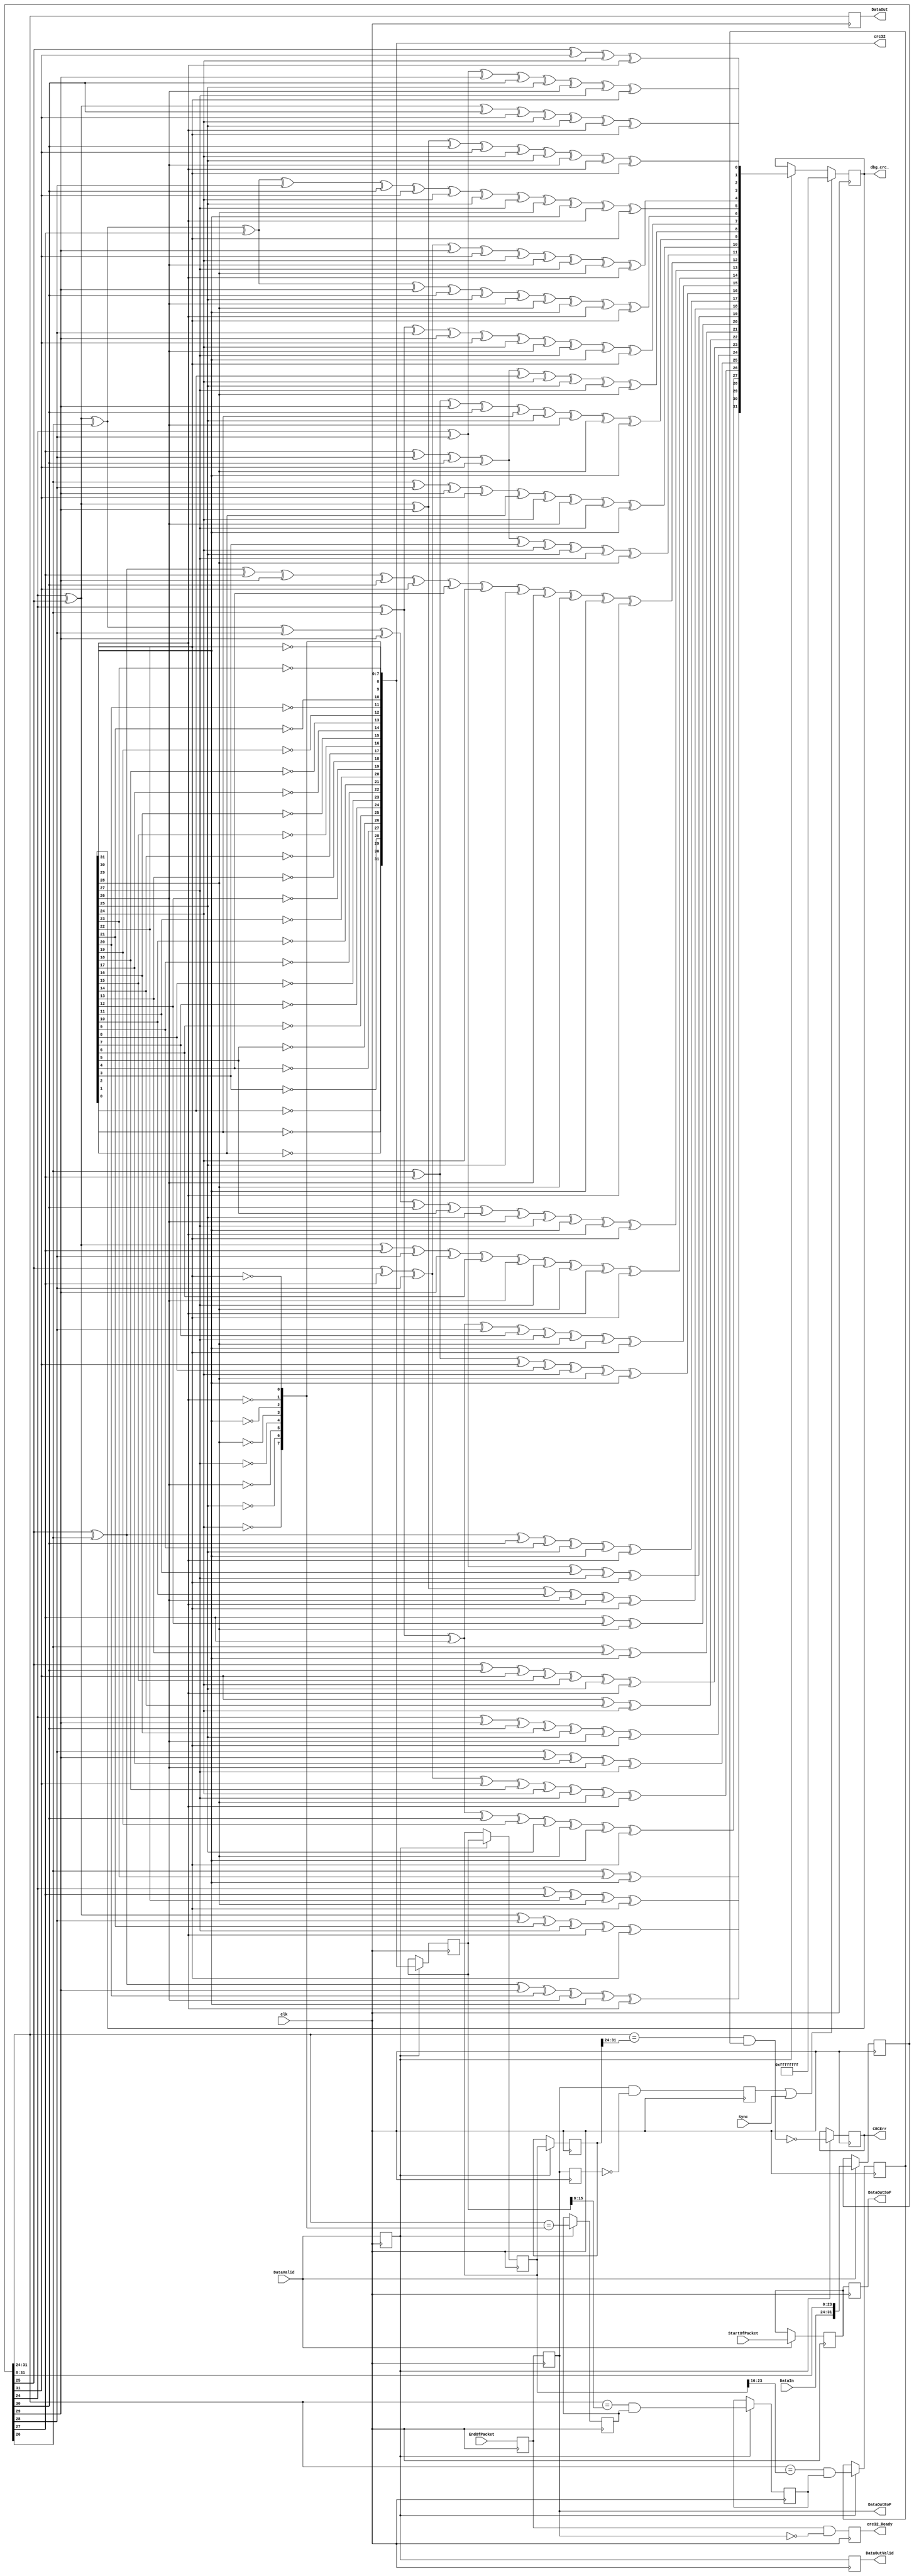
`timescale 1ns / 1ps



module EthCRC32(
    input wire clk,
    input wire [7:0]DataIn, //received data nibble from eth phy
    input wire DataValid, //received data valid from eth phy
    input wire EndOfPacket, //received data valid from eth phy
    input wire StartOfPacket, //received data valid from eth phy
    input wire Sync,
    output wire CRCErr,

    output reg DataOutSoF = 0,
    output reg DataOutEoF = 0,
    output reg DataOutValid = 0,
    output reg [7 :0]DataOut = 0,

    output  [31:0] dbg_crc_,

    output  [31:0] crc32,
    output  reg crc32_Ready = 0
);

reg StartOfPacketD0 = 0;
reg EndOfPacketD0 = 0;
reg EndOfPacketD1 = 0;
reg EndOfPacketD2 = 0;
reg DataValidD0 = 0;

reg [31:0] receiver_reg32=32'b0;
wire [7:0] w_rbyte;
wire [7:0] w_rrbyte;

reg endSync = 0;

always @(posedge clk) begin
    DataValidD0   <= DataValid;
    EndOfPacketD1 <= EndOfPacketD0;
    EndOfPacketD2<= EndOfPacketD1;
    endSync <= EndOfPacketD1&!EndOfPacketD2;
end

//catch incoming nibles into 32bit reg
//LSB (Least Significant Bit) goes first
always @(posedge clk) begin
    if (DataValid) receiver_reg32 <= {DataIn, receiver_reg32[31:8]};

    if (DataValid) StartOfPacketD0 <= StartOfPacket;
    EndOfPacketD0 <= EndOfPacket;     //if (DataValid) EndOfPacketD0 <= EndOfPacket;

    DataOutSoF <= StartOfPacketD0;
    DataOutEoF <= EndOfPacketD0;
    DataOut <= receiver_reg32[31:24];
end

assign w_rbyte = receiver_reg32[31:24];

//reverse bits
assign w_rrbyte = {w_rbyte[0],w_rbyte[1],w_rbyte[2],w_rbyte[3],w_rbyte[4],w_rbyte[5],w_rbyte[6],w_rbyte[7]};

reg [31:0]crc32_=32'hFFFFFFFF;
always @(posedge clk) begin
    if (endSync || Sync) begin
        crc32_ <= 32'hFFFFFFFF;
    end else if(DataValidD0) begin
        crc32_ <= nextCRC32_D8(w_rrbyte, crc32_);
    end
end

assign dbg_crc_ = crc32_;

//reverse bits of CRC32
genvar i;
generate
    for ( i=0; i < 32; i=i+1 ) begin
        assign crc32[i] = ~crc32_[31-i];
    end
endgenerate


reg [31:0] crc32_0 = 0;
reg [31:0] crc32_1 = 0;
reg [31:0] crc32_2 = 0;
reg [31:0] crc32_3 = 0;

reg TestCRCA = 0;
reg TestCRCB = 0;
reg TestCRCC = 0;
reg TestCRCD = 0;

reg [31:0]crc32OutSerial;
reg [3 :0]crc32OutSerialValid;

always @(posedge clk) begin
    if (DataValidD0) crc32_3 <= crc32_2;
    if (DataValidD0) crc32_2 <= crc32_1;
    if (DataValidD0) crc32_1 <= crc32_0;
    if (DataValidD0) crc32_0 <= crc32;

    if (DataValidD0) TestCRCA<=  (w_rbyte==crc32  [7 :0 ]);
    if (DataValidD0) TestCRCB<=  (w_rbyte==crc32_0[15:8 ]) && TestCRCA;
    if (DataValidD0) TestCRCC<=  (w_rbyte==crc32_1[23:16]) && TestCRCB;
    if (DataValidD0) TestCRCD<=!((w_rbyte==crc32_2[31:24]) && TestCRCC);

    DataOutValid <= DataValidD0;
    crc32_Ready <= EndOfPacketD0 & (~EndOfPacketD1);
end

assign CRCErr = TestCRCD;


// polynomial: (0 1 2 4 5 7 8 10 11 12 16 22 23 26 32)
// data width: 8
// convention: the first serial bit is D[7]
function [31:0] nextCRC32_D8;
        input [7:0] Data;
        input [31:0] crc;
        reg [7:0] d;
        reg [31:0] c;
        reg [31:0] newcrc;
    begin
        d = Data;
        c = crc;

        newcrc[0] = d[6] ^ d[0] ^ c[24] ^ c[30];
        newcrc[1] = d[7] ^ d[6] ^ d[1] ^ d[0] ^ c[24] ^ c[25] ^ c[30] ^ c[31];
        newcrc[2] = d[7] ^ d[6] ^ d[2] ^ d[1] ^ d[0] ^ c[24] ^ c[25] ^ c[26] ^ c[30] ^ c[31];
        newcrc[3] = d[7] ^ d[3] ^ d[2] ^ d[1] ^ c[25] ^ c[26] ^ c[27] ^ c[31];
        newcrc[4] = d[6] ^ d[4] ^ d[3] ^ d[2] ^ d[0] ^ c[24] ^ c[26] ^ c[27] ^ c[28] ^ c[30];
        newcrc[5] = d[7] ^ d[6] ^ d[5] ^ d[4] ^ d[3] ^ d[1] ^ d[0] ^ c[24] ^ c[25] ^ c[27] ^ c[28] ^ c[29] ^ c[30] ^ c[31];
        newcrc[6] = d[7] ^ d[6] ^ d[5] ^ d[4] ^ d[2] ^ d[1] ^ c[25] ^ c[26] ^ c[28] ^ c[29] ^ c[30] ^ c[31];
        newcrc[7] = d[7] ^ d[5] ^ d[3] ^ d[2] ^ d[0] ^ c[24] ^ c[26] ^ c[27] ^ c[29] ^ c[31];
        newcrc[8] = d[4] ^ d[3] ^ d[1] ^ d[0] ^ c[0] ^ c[24] ^ c[25] ^ c[27] ^ c[28];
        newcrc[9] = d[5] ^ d[4] ^ d[2] ^ d[1] ^ c[1] ^ c[25] ^ c[26] ^ c[28] ^ c[29];
        newcrc[10] = d[5] ^ d[3] ^ d[2] ^ d[0] ^ c[2] ^ c[24] ^ c[26] ^ c[27] ^ c[29];
        newcrc[11] = d[4] ^ d[3] ^ d[1] ^ d[0] ^ c[3] ^ c[24] ^ c[25] ^ c[27] ^ c[28];
        newcrc[12] = d[6] ^ d[5] ^ d[4] ^ d[2] ^ d[1] ^ d[0] ^ c[4] ^ c[24] ^ c[25] ^ c[26] ^ c[28] ^ c[29] ^ c[30];
        newcrc[13] = d[7] ^ d[6] ^ d[5] ^ d[3] ^ d[2] ^ d[1] ^ c[5] ^ c[25] ^ c[26] ^ c[27] ^ c[29] ^ c[30] ^ c[31];
        newcrc[14] = d[7] ^ d[6] ^ d[4] ^ d[3] ^ d[2] ^ c[6] ^ c[26] ^ c[27] ^ c[28] ^ c[30] ^ c[31];
        newcrc[15] = d[7] ^ d[5] ^ d[4] ^ d[3] ^ c[7] ^ c[27] ^ c[28] ^ c[29] ^ c[31];
        newcrc[16] = d[5] ^ d[4] ^ d[0] ^ c[8] ^ c[24] ^ c[28] ^ c[29];
        newcrc[17] = d[6] ^ d[5] ^ d[1] ^ c[9] ^ c[25] ^ c[29] ^ c[30];
        newcrc[18] = d[7] ^ d[6] ^ d[2] ^ c[10] ^ c[26] ^ c[30] ^ c[31];
        newcrc[19] = d[7] ^ d[3] ^ c[11] ^ c[27] ^ c[31];
        newcrc[20] = d[4] ^ c[12] ^ c[28];
        newcrc[21] = d[5] ^ c[13] ^ c[29];
        newcrc[22] = d[0] ^ c[14] ^ c[24];
        newcrc[23] = d[6] ^ d[1] ^ d[0] ^ c[15] ^ c[24] ^ c[25] ^ c[30];
        newcrc[24] = d[7] ^ d[2] ^ d[1] ^ c[16] ^ c[25] ^ c[26] ^ c[31];
        newcrc[25] = d[3] ^ d[2] ^ c[17] ^ c[26] ^ c[27];
        newcrc[26] = d[6] ^ d[4] ^ d[3] ^ d[0] ^ c[18] ^ c[24] ^ c[27] ^ c[28] ^ c[30];
        newcrc[27] = d[7] ^ d[5] ^ d[4] ^ d[1] ^ c[19] ^ c[25] ^ c[28] ^ c[29] ^ c[31];
        newcrc[28] = d[6] ^ d[5] ^ d[2] ^ c[20] ^ c[26] ^ c[29] ^ c[30];
        newcrc[29] = d[7] ^ d[6] ^ d[3] ^ c[21] ^ c[27] ^ c[30] ^ c[31];
        newcrc[30] = d[7] ^ d[4] ^ c[22] ^ c[28] ^ c[31];
        newcrc[31] = d[5] ^ c[23] ^ c[29];
        nextCRC32_D8 = newcrc;
    end
endfunction

endmodule